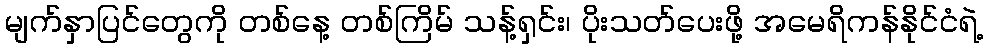
မျက်နှာပြင်တွေကို တစ်နေ့ တစ်ကြိမ် သန့်ရှင်း၊ ပိုးသတ်ပေးဖို့ အမေရိကန်နိုင်ငံရဲ့